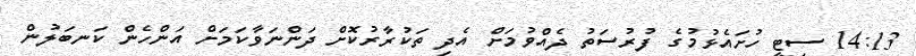
14:13 ސިޓީ ހުށައެޅުމުގެ ފުރުސަތު ދެއްވުމަށް އެދި ތަކުރާރުކޮށް ދަންނަވާކަމަށް އަންހެން ކަނބަލުން